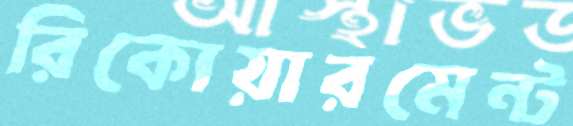
রিকোয়ারমেন্ট